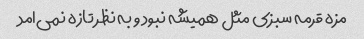
مزه قرمه سبزی مثل همیشه نبود و به نظر تازه نمی‌امد